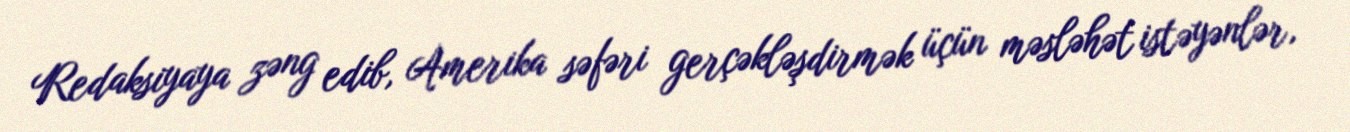
Redaksiyaya zəng edib, Amerika səfəri gerçəkləşdirmək üçün məsləhət istəyənlər,